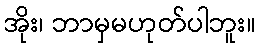
အိုး၊ ဘာမှမဟုတ်ပါဘူး။